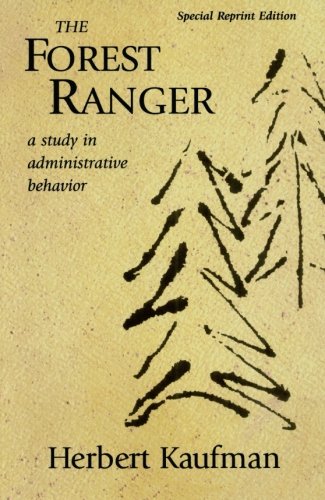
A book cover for The Forest Ranger: A Study in Administrative Behavior (Rff Press); Herbert Kaufman; Science & Math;